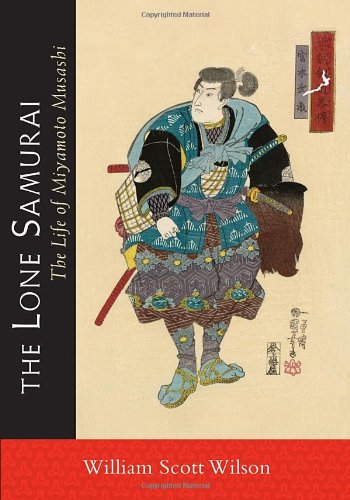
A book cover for The Lone Samurai: The Life of Miyamoto Musashi; William Scott Wilson; Biographies & Memoirs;